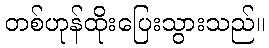
တစ်ဟုန်ထိုးပြေးသွားသည်။